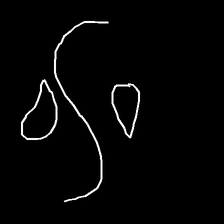
Glyph: water